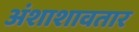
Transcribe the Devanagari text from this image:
अंशाशावतार